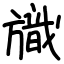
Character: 旘